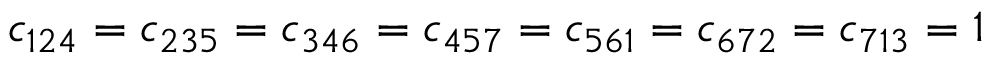
c _ { 1 2 4 } = c _ { 2 3 5 } = c _ { 3 4 6 } = c _ { 4 5 7 } = c _ { 5 6 1 } = c _ { 6 7 2 } = c _ { 7 1 3 } = 1